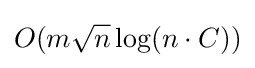
O(m{\sqrt {n}}\log(n\cdot C))